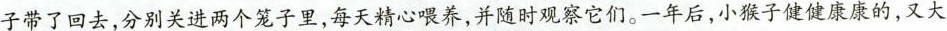
子带了回去，分别关进两个笼子里，每天精心喂养，并随时观察它们。一年后，小猴子健健康康的，又大